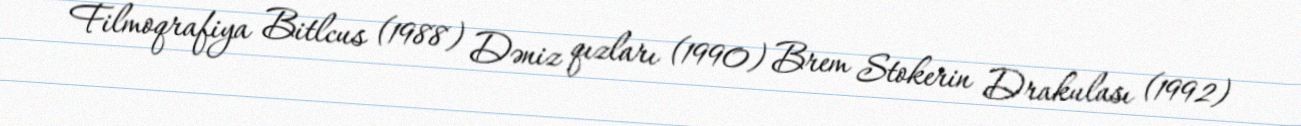
Filmoqrafiya Bitlcus (1988) Dəniz qızları (1990) Brem Stokerin Drakulası (1992)